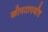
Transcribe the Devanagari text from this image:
कोपरापर्यंत